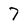
Character: 7